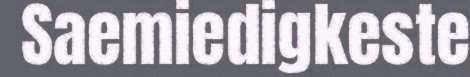
Saemiedigkeste